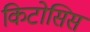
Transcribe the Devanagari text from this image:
किटोसिस